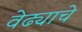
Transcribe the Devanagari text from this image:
वेढ्याचे